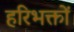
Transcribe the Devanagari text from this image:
हरिभक्तों